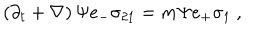
LaTeX: \left( \partial _ { t } + \nabla \right) \Psi e _ { - } \sigma _ { 2 1 } = m \Psi e _ { + } \sigma _ { 1 } ~ ,